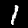
Digit: 1